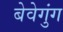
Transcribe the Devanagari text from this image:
बेवेगुंग